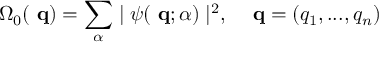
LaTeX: \Omega _ { 0 } ( \mathrm { { \bf ~ q } } ) = \sum _ { \alpha } \mid \psi ( \mathrm { { \bf ~ q } } ; \alpha ) \mid ^ { 2 } , \; \; \; \mathrm { { \bf ~ q } } = ( q _ { 1 } , . . . , q _ { n } )